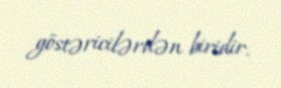
göstəricilərdən biridir.